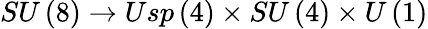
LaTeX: SU\left(8\right)\rightarrow Usp\left(4\right)\times SU\left(4\right)\times U\left(1\right)